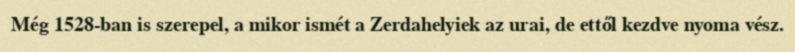
Még 1528-ban is szerepel, a mikor ismét a Zerdahelyiek az urai, de ettől kezdve nyoma vész.